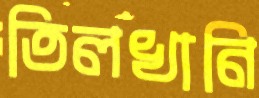
তিলখানি